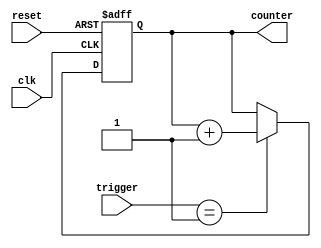
module ClockCycleCounter (
  input wire clk,          // Clock signal
  input wire reset,        // Reset signal (optional)
  input wire [31:0] trigger,      // Trigger signal (32 bits)
  output reg [31:0] counter  // 32-bit counter output
);

  // Registers
  reg [1:0] state;  // 2-bit state: 00 (IDLE), 01 (COUNTING), 10 (STOPPED)

  always @(posedge clk or posedge reset) begin
    if (reset) begin
      //state <= 2'b00;    // Reset the state to IDLE
      counter <= 32'b0;   // Reset the counter
    end else begin
      if (trigger == 32'd1) begin
        //state <= 2'b01;  // Transition to COUNTING state when trigger is 1
        counter <= counter + 1;
      end 
    //   else if (trigger == 32'd2) begin
    //     state <= 2'b10;  // Transition to STOPPED state when trigger is 2
    //   end
    end
  end

//   always @(posedge clk) begin
//     if (state == 2'b01) begin
//         // Increment the counter in the COUNTING state
//     end
//   end



endmodule